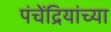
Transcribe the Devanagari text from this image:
पंचेंद्रियांच्या